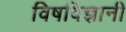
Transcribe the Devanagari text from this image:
विषविज्ञानी